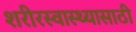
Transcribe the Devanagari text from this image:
शरीरस्वास्थ्यासाठी